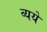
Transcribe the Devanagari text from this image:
व्यये